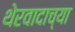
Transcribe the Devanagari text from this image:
थेरवादाच्या